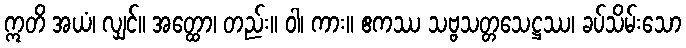
ဣတိ အယံ၊ လျှင်။ အတ္ထော၊ တည်း။ ဝါ၊ ကား။ ဧကဿ သဗ္ဗသတ္တသေဋ္ဌဿ၊ ခပ်သိမ်းသော